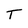
Character: T